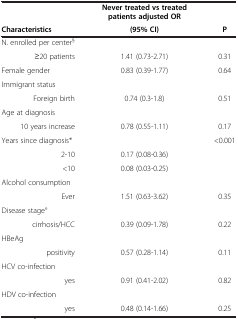
|  | Never treated vs treated patients adjusted OR |  |
 | Characteristics | (95% CI) | P |
 | --- | --- | --- |
 | N. enrolled per center§ |  |  |
 | ≥20 patients | 1.41 (0.73-2.71) | 0.31 |
 | Female gender | 0.83 (0.39-1.77) | 0.64 |
 | Immigrant status |  |  |
 | Foreign birth | 0.74 (0.3-1.8) | 0.51 |
 | Age at diagnosis |  |  |
 | 10 years increase | 0.78 (0.55-1.11) | 0.17 |
 | Years since diagnosis* |  | <ROWSPAN=3> <0.001 |
 | 2-10 | 0.17 (0.08-0.36) |
 | <10 | 0.08 (0.03-0.25) |
 | Alcohol consumption |  |  |
 | Ever | 1.51 (0.63-3.62) | 0.35 |
 | Disease stage° |  |  |
 | cirrhosis/HCC | 0.39 (0.09-1.78) | 0.22 |
 | HBeAg |  |  |
 | positivity | 0.57 (0.28-1.14) | 0.11 |
 | HCV co-infection |  |  |
 | yes | 0.91 (0.41-2.02) | 0.82 |
 | HDV co-infection |  |  |
 | yes | 0.48 (0.14-1.66) | 0.25 |